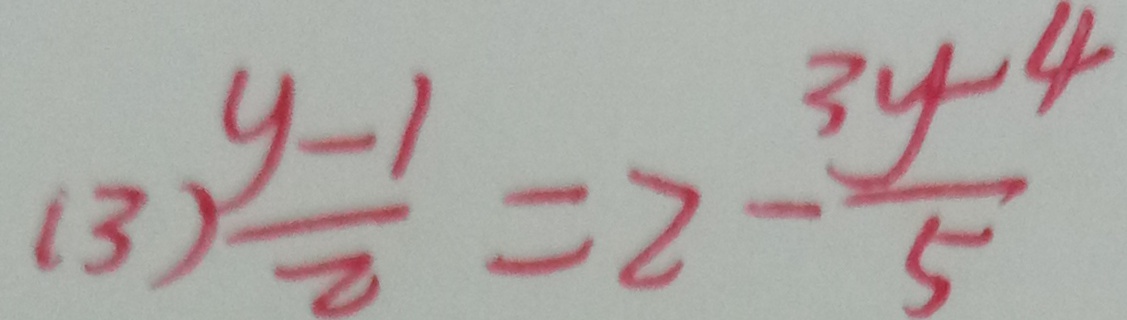
( 3 ) \frac { y - 1 } { 2 } = 2 - \frac { 3 y - 4 } { 5 }